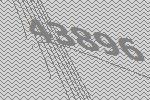
43896